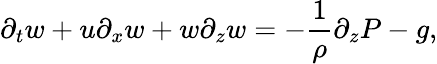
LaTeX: \partial_{t}w+u\partial_{x}w+w\partial_{z}w=-\frac{1}{\rho}\partial_{z}P-g,